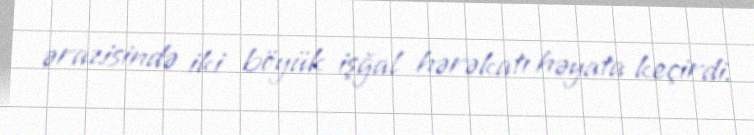
ərazisində iki böyük işğal hərəkatı həyata keçirdi.